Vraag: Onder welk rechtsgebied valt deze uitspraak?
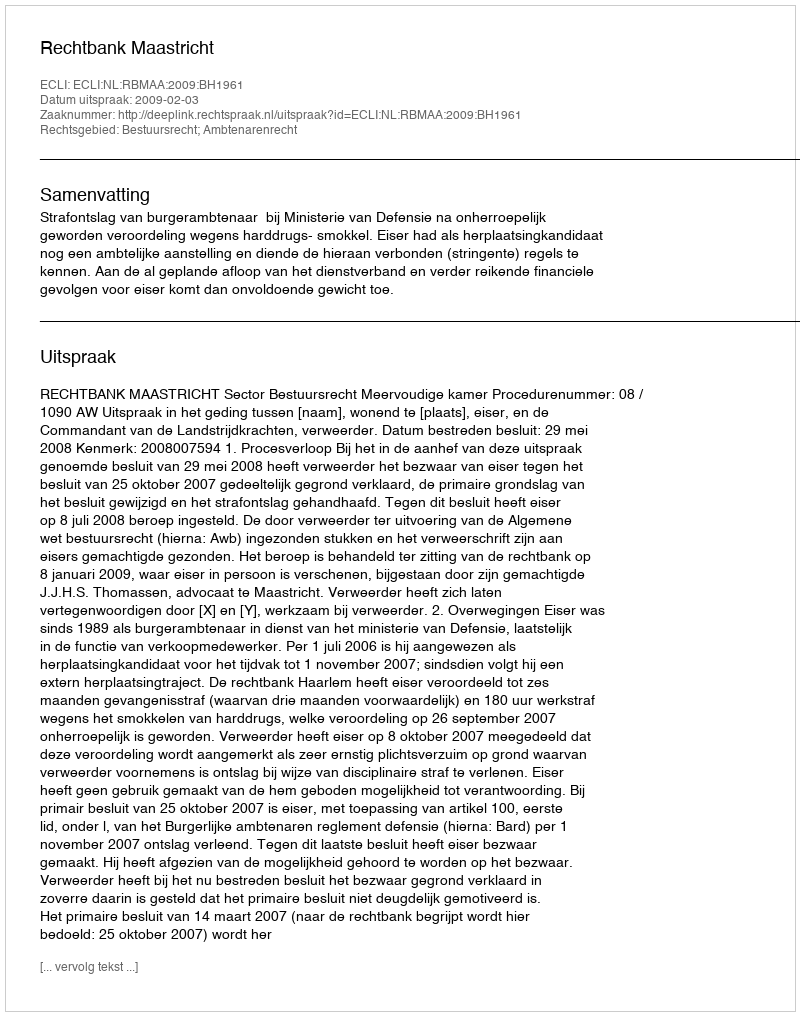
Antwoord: Bestuursrecht; Ambtenarenrecht